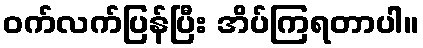
ဝက်လက်ပြန်ပြီး အိပ်ကြရတာပါ။